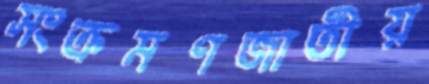
সংক্রমণজাতীয়